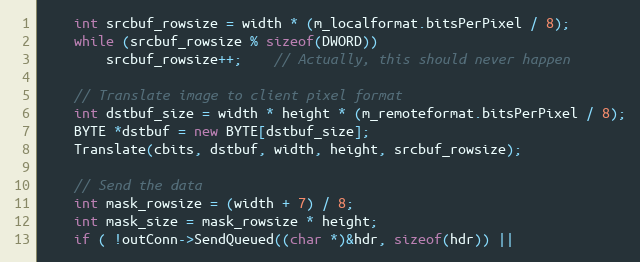
Language: C++
	int srcbuf_rowsize = width * (m_localformat.bitsPerPixel / 8);
	while (srcbuf_rowsize % sizeof(DWORD))
		srcbuf_rowsize++;	// Actually, this should never happen

	// Translate image to client pixel format
	int dstbuf_size = width * height * (m_remoteformat.bitsPerPixel / 8);
	BYTE *dstbuf = new BYTE[dstbuf_size];
	Translate(cbits, dstbuf, width, height, srcbuf_rowsize);

	// Send the data
	int mask_rowsize = (width + 7) / 8;
	int mask_size = mask_rowsize * height;
	if ( !outConn->SendQueued((char *)&hdr, sizeof(hdr)) ||